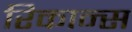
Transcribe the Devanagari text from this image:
रिकान्स